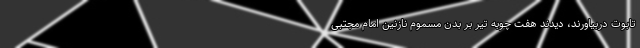
تابوت دربیاورند، دیدند هفت چوبه تیر بر بدن مسموم نازنین امام مجتبی